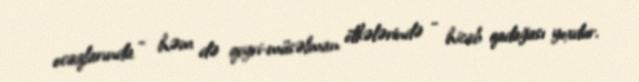
ocaqlarında - həm də qeyri-müsəlman ölkələrində - hicab qadağası yoxdur.